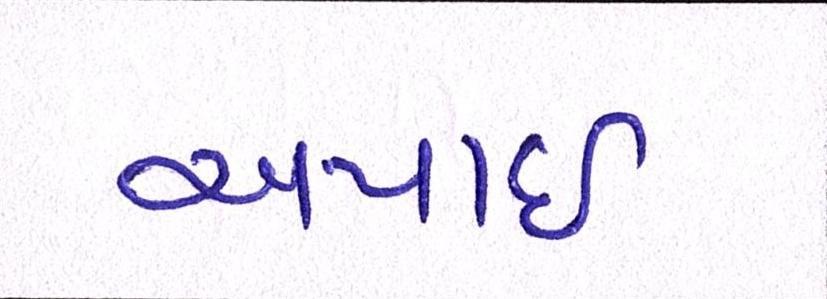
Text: અપાઇ